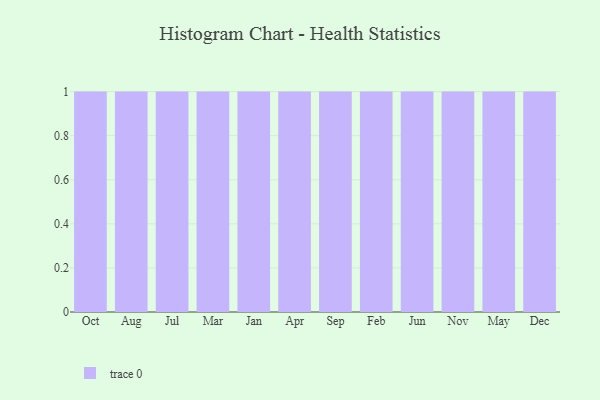
{"axis": {"x": "Month", "y": "Inventory Turnover"}, "legend": [""], "data": [{"x": "Oct", "y": 87, "type": ""}, {"x": "Aug", "y": 97, "type": ""}, {"x": "Jul", "y": 84, "type": ""}, {"x": "Mar", "y": 33, "type": ""}, {"x": "Jan", "y": 28, "type": ""}, {"x": "Apr", "y": 12, "type": ""}, {"x": "Sep", "y": 90, "type": ""}, {"x": "Feb", "y": 57, "type": ""}, {"x": "Jun", "y": 34, "type": ""}, {"x": "Nov", "y": 87, "type": ""}, {"x": "May", "y": 14, "type": ""}, {"x": "Dec", "y": 41, "type": ""}]}